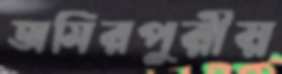
অমিরপুরীয়